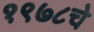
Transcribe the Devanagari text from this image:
१९७८चे